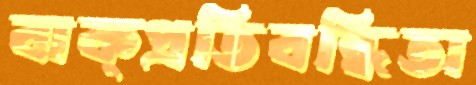
বাক্প্রতিবন্ধিতা